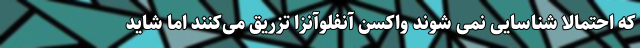
که احتمالا شناسایی نمی شوند واکسن آنفلوآنزا تزریق می‌کنند اما شاید